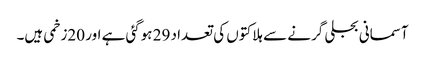
آسمانی بجلی گرنے سے ہلاکتوں کی تعداد 29 ہوگئی ہے اور 20زخمی ہیں۔